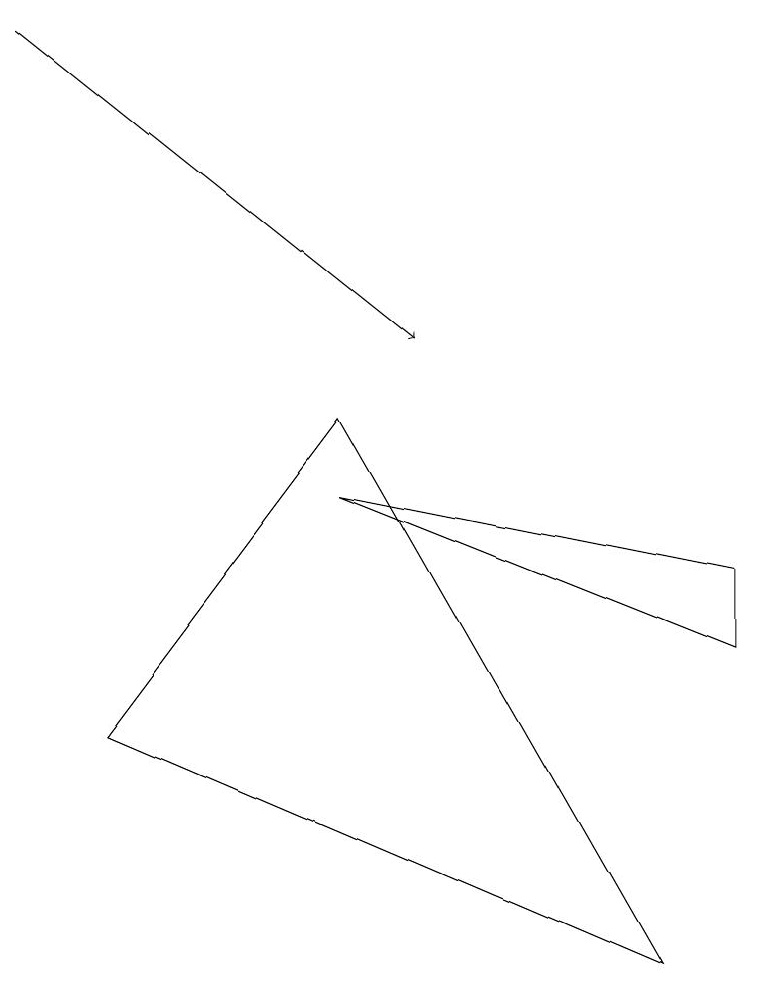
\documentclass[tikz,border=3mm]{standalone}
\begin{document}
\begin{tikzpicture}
\draw (4,9) -- (1,5) -- (8,2) -- cycle;
\draw[->] (0,14) -- (5,10);
\draw (4,8) -- (9,6) -- (9,7) -- cycle;
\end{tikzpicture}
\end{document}